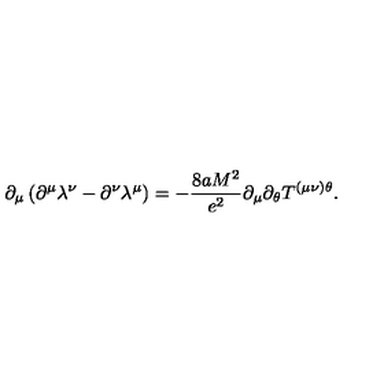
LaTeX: \partial _ { \mu } \left( \partial ^ { \mu } \lambda ^ { \nu } - \partial ^ { \nu } \lambda ^ { \mu } \right) = - \frac { 8 a M ^ { 2 } } { e ^ { 2 } } \partial _ { \mu } \partial _ { \theta } T ^ { ( \mu \nu ) \theta } .